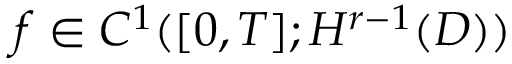
f \in C ^ { 1 } ( [ 0 , T ] ; H ^ { r - 1 } ( D ) )